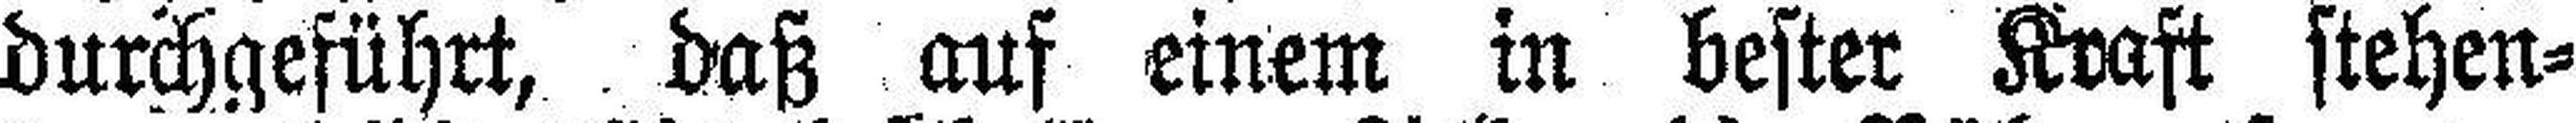
durchgeführt, daß auf einem in bester Kraft stehen¬